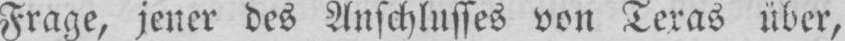
Frage, jener des Anschlusses von Texas über,